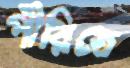
পীরিতে